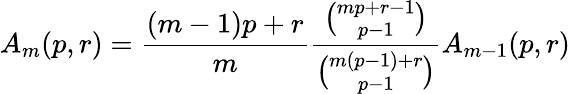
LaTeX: A_{m}(p,r)={\frac{(m-1)p+r}{m}}{\frac{\binom{mp+r-1}{p-1}}{\binom{m(p-1)+r}{p-1}}}A_{m-1}(p,r)